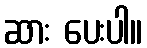
ဆား ပေးပါ။